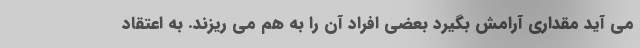
می آید مقداری آرامش بگیرد بعضی افراد آن را به هم می ریزند. به اعتقاد